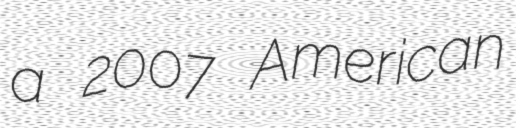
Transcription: a 2007 American